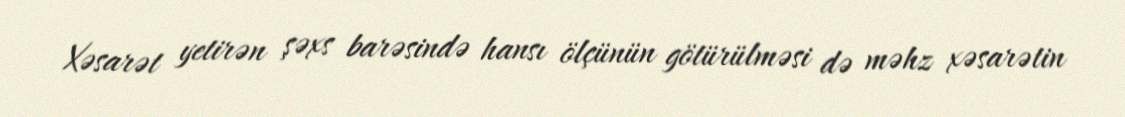
Xəsarət yetirən şəxs barəsində hansı ölçünün götürülməsi də məhz xəsarətin